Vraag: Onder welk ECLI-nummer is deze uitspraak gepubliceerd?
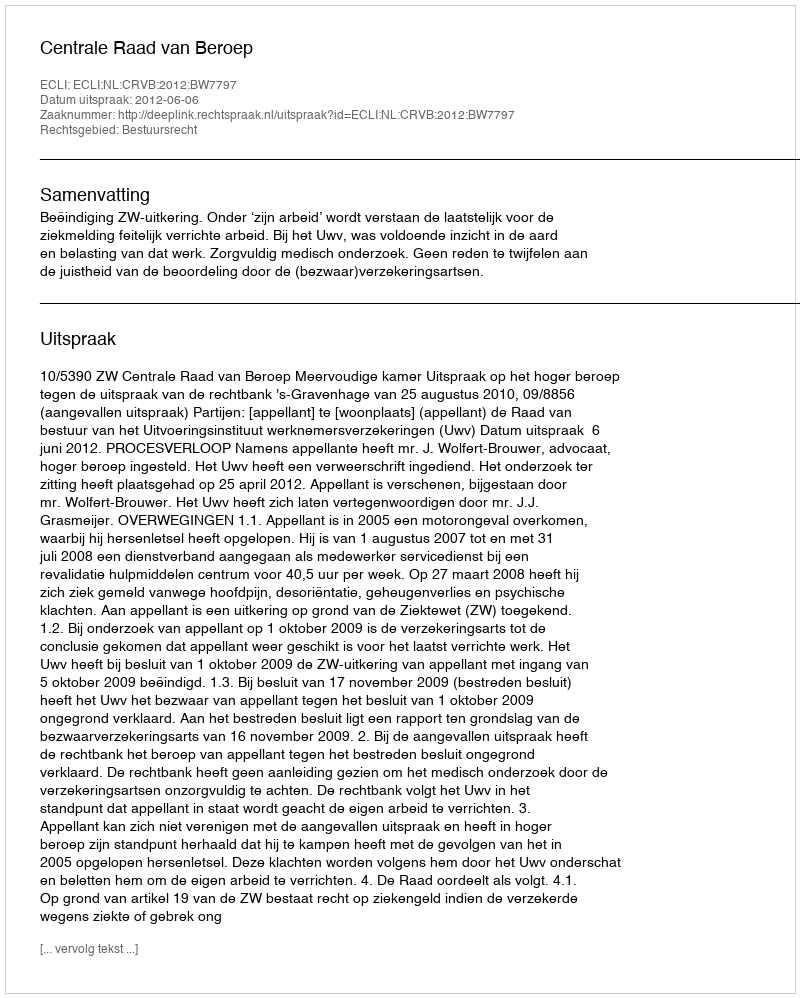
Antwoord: ECLI:NL:CRVB:2012:BW7797